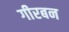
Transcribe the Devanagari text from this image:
गीरबन